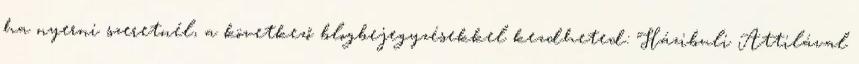
ha nyerni szeretnél, a következő blogbejegyzésekkel kezdheted: Házibuli Attilával